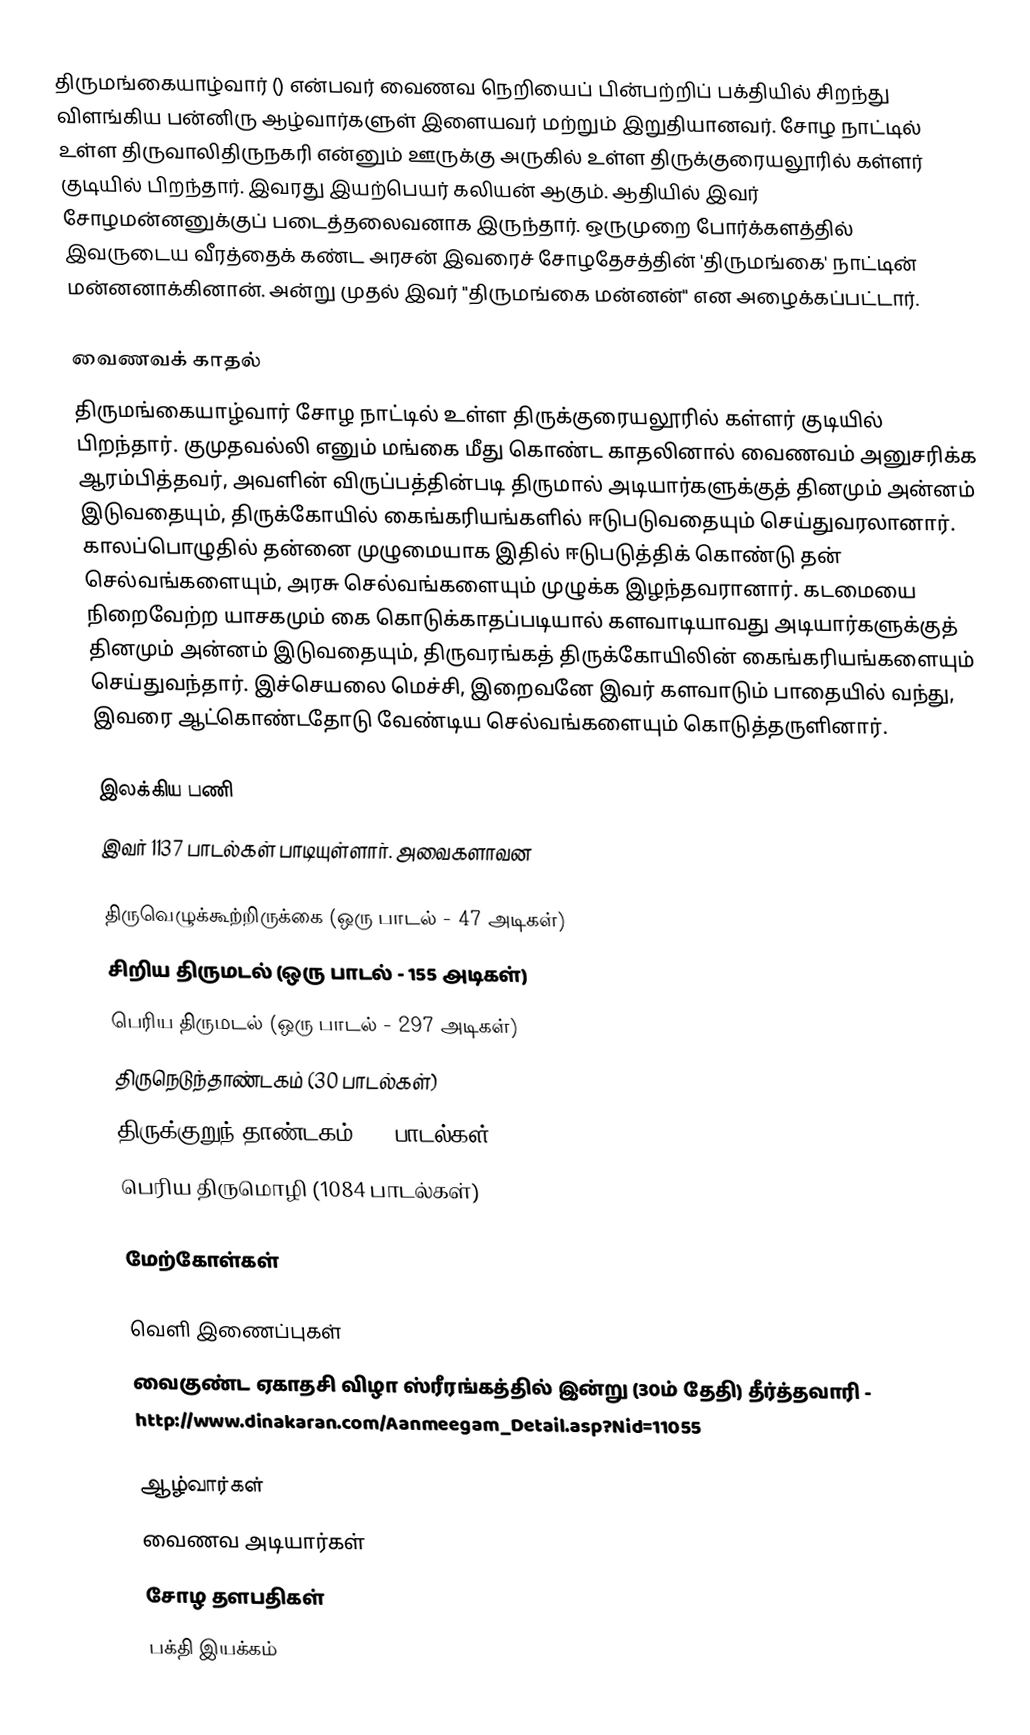
திருமங்கையாழ்வார் () என்பவர் வைணவ நெறியைப் பின்பற்றிப் பக்தியில் சிறந்து விளங்கிய பன்னிரு ஆழ்வார்களுள் இளையவர் மற்றும் இறுதியானவர். சோழ நாட்டில் உள்ள திருவாலிதிருநகரி என்னும் ஊருக்கு அருகில் உள்ள திருக்குரையலூரில் கள்ளர் குடியில் பிறந்தார். இவரது இயற்பெயர் கலியன் ஆகும். ஆதியில் இவர் சோழமன்னனுக்குப் படைத்தலைவனாக இருந்தார். ஒருமுறை போர்க்களத்தில் இவருடைய வீரத்தைக் கண்ட அரசன் இவரைச் சோழதேசத்தின் 'திருமங்கை' நாட்டின் மன்னனாக்கினான். அன்று முதல் இவர் "திருமங்கை மன்னன்" என அழைக்கப்பட்டார்.

வைணவக் காதல்
திருமங்கையாழ்வார் சோழ நாட்டில் உள்ள திருக்குரையலூரில் கள்ளர் குடியில் பிறந்தார். குமுதவல்லி எனும் மங்கை மீது கொண்ட காதலினால் வைணவம் அனுசரிக்க ஆரம்பித்தவர், அவளின் விருப்பத்தின்படி திருமால் அடியார்களுக்குத் தினமும் அன்னம் இடுவதையும், திருக்கோயில் கைங்கரியங்களில் ஈடுபடுவதையும் செய்துவரலானார். காலப்பொழுதில் தன்னை முழுமையாக இதில் ஈடுபடுத்திக் கொண்டு தன் செல்வங்களையும், அரசு செல்வங்களையும் முழுக்க இழந்தவரானார். கடமையை நிறைவேற்ற யாசகமும் கை கொடுக்காதப்படியால் களவாடியாவது அடியார்களுக்குத் தினமும் அன்னம் இடுவதையும், திருவரங்கத் திருக்கோயிலின் கைங்கரியங்களையும் செய்துவந்தார். இச்செயலை மெச்சி, இறைவனே இவர் களவாடும் பாதையில் வந்து, இவரை ஆட்கொண்டதோடு வேண்டிய செல்வங்களையும் கொடுத்தருளினார்.

இலக்கிய பணி
இவர் 1137 பாடல்கள் பாடியுள்ளார். அவைகளாவன

 திருவெழுக்கூற்றிருக்கை (ஒரு பாடல் - 47 அடிகள்)
 சிறிய திருமடல் (ஒரு பாடல் - 155 அடிகள்)
 பெரிய திருமடல் (ஒரு பாடல் - 297 அடிகள்)
 திருநெடுந்தாண்டகம் (30 பாடல்கள்)
 திருக்குறுந் தாண்டகம் (20 பாடல்கள்)
 பெரிய திருமொழி (1084 பாடல்கள்)

மேற்கோள்கள்

வெளி இணைப்புகள்
 வைகுண்ட ஏகாதசி விழா ஸ்ரீரங்கத்தில் இன்று (30ம் தேதி) தீர்த்தவாரி - http://www.dinakaran.com/Aanmeegam_Detail.asp?Nid=11055

ஆழ்வார்கள்
வைணவ அடியார்கள்
சோழ தளபதிகள்
பக்தி இயக்கம்